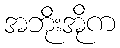
အဘိုးအိုက